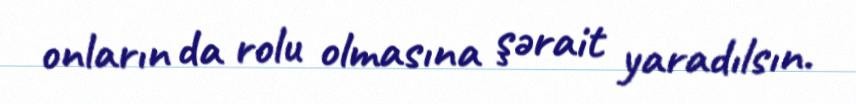
onların da rolu olmasına şərait yaradılsın.